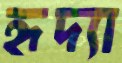
হৃদ্যা